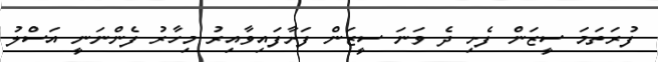
ފުރަތަމަ ސީޒަން ފެށި ދެ ވަނަ ސީޒަން ފަށާފައިވާއިރު މިހާރު ފެންނަނީ އަސްލު